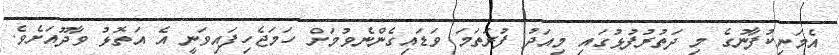
އެމަނިކުފާނުގެ މި ދަތުރުފުޅުގައި މިއަދު ފުރަތަމަ ވަޑައިގެންނެވުމަށް ހަމަޖެހިފައިވަނީ އެ އަތޮޅު ވާދޫއަށެވެ.